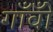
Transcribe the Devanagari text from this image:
गाँवोँ